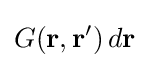
G(\mathbf {r} ,\mathbf {r} ')\,d\mathbf {r}